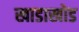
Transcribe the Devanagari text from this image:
खाडाखोड